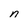
Character: n